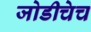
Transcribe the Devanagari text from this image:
जोडीचेच